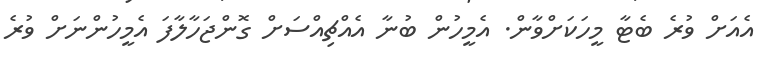
އެއަށް ވުރެ ބެޓާ މީހަކަށްވާން. އެމީހުން ބުނާ އެއްޗިއްސަށް ގޮންޖަހާލާފަ އެމީހުންނަށް ވުރެ